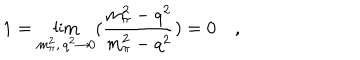
LaTeX: 1 = \lim _ { m _ { \pi } ^ { 2 } , \, q ^ { 2 } \rightarrow 0 } ( \frac { m _ { \pi } ^ { 2 } - q ^ { 2 } } { m _ { \pi } ^ { 2 } - q ^ { 2 } } ) = 0 \quad ,